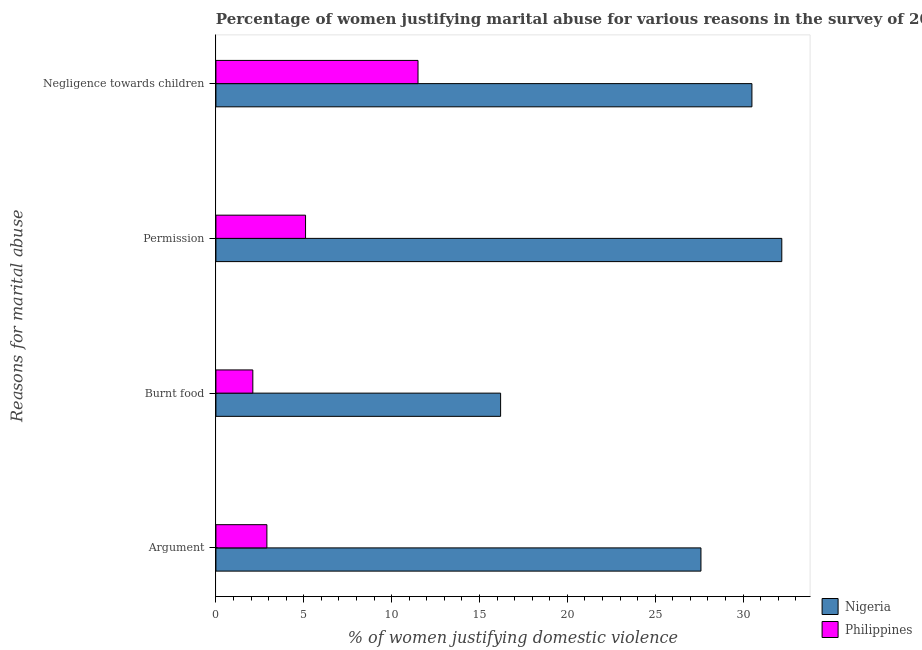
| Reasons for marital abuse | Nigeria | Philippines |
 | --- | --- | --- |
 | Argument | 27.6 | 2.9 |
 | Burnt food | 16.2 | 2.1 |
 | Permission | 32.2 | 5.1 |
 | Negligence towards children | 30.5 | 11.5 |